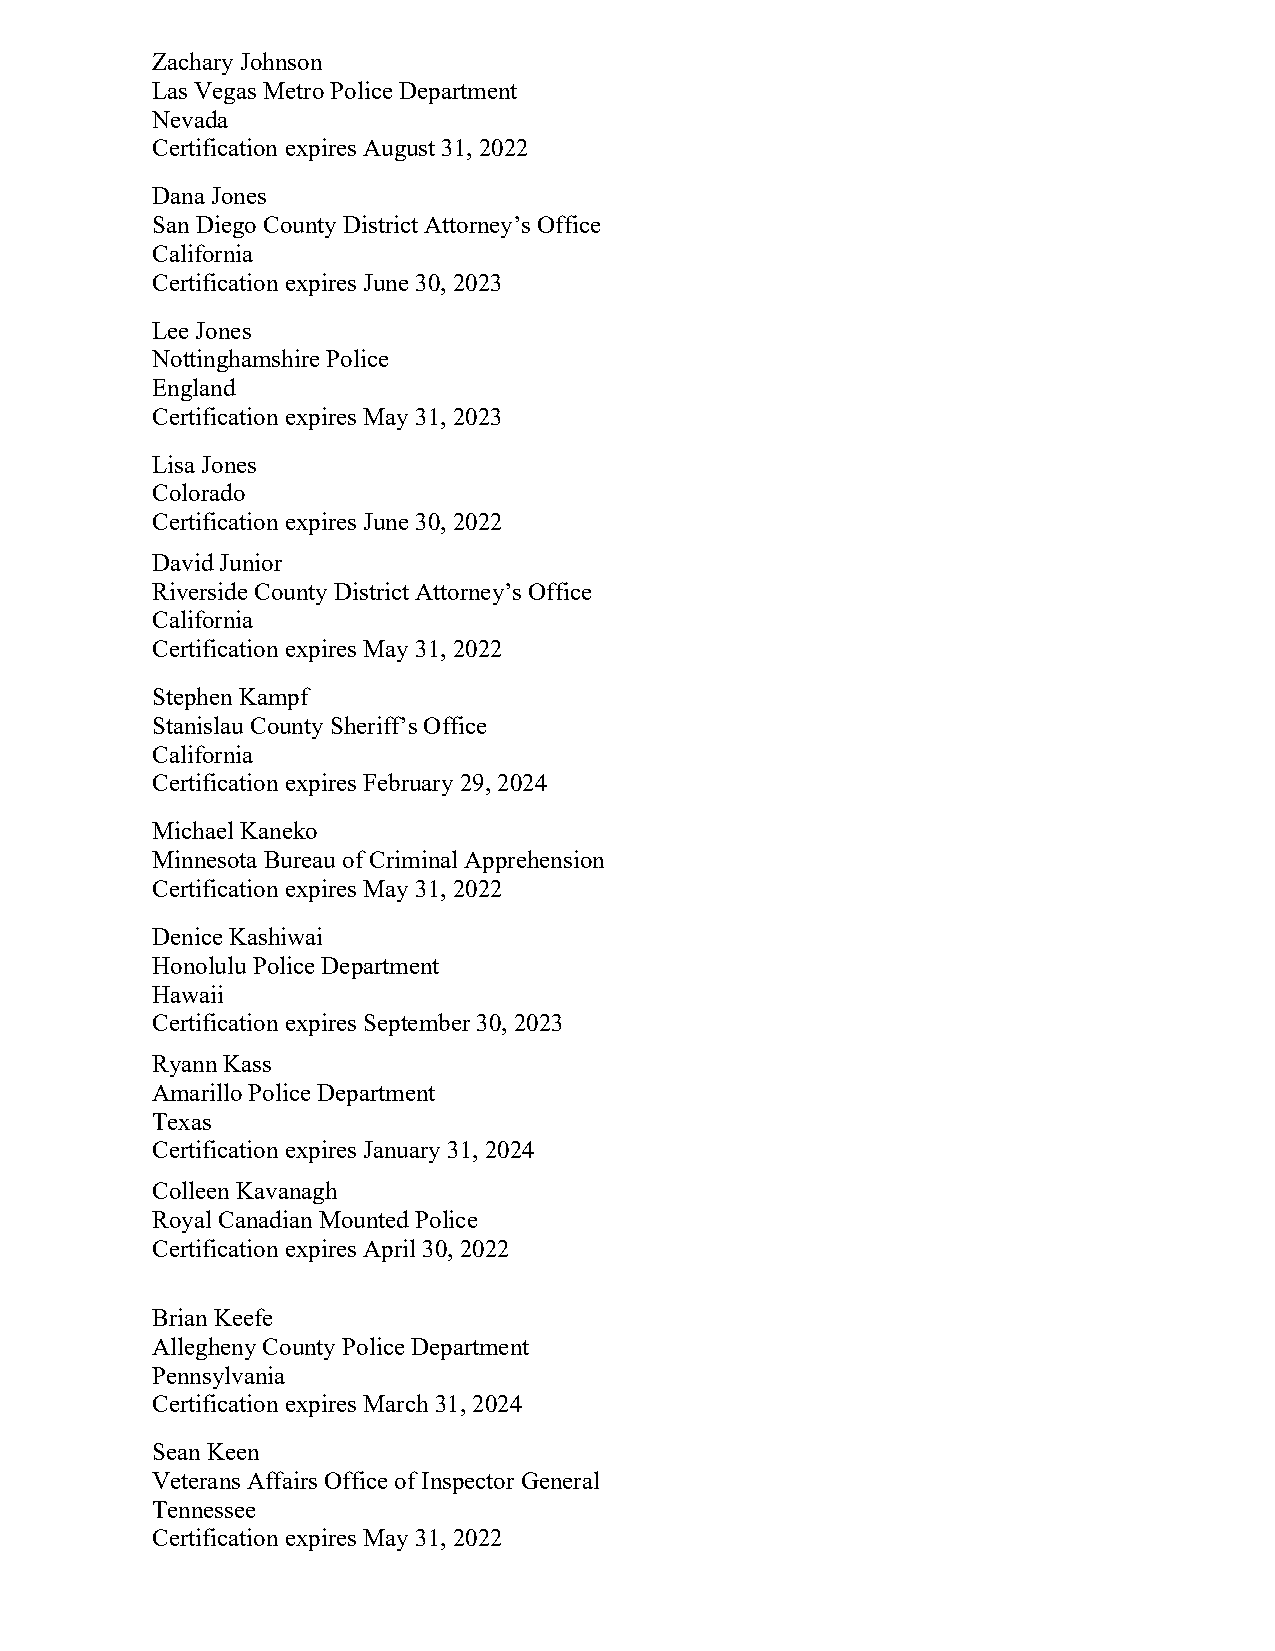
Zachary Johnson
 Las Vegas Metro Police Department
 Nevada
 Certification expires August 31, 2022
 Dana Jones
 San Diego County District Attorney’s Office
 California
 Certification expires June 30, 2023
 Lee Jones
 Nottinghamshire Police
 England
 Certification expires May 31, 2023
 Lisa Jones
 Colorado
 Certification expires June 30, 2022
 David Junior
 Riverside County District Attorney’s Office
 California
 Certification expires May 31, 2022
 Stephen Kampf
 Stanislau County Sheriff’s Office
 California
 Certification expires February 29, 2024
 Michael Kaneko
 Minnesota Bureau of Criminal Apprehension
 Certification expires May 31, 2022
 Denice Kashiwai
 Honolulu Police Department
 Hawaii
 Certification expires September 30, 2023
 Ryann Kass
 Amarillo Police Department
 Texas
 Certification expires January 31, 2024
 Colleen Kavanagh
 Royal Canadian Mounted Police
 Certification expires April 30, 2022
 Brian Keefe
 Allegheny County Police Department
 Pennsylvania
 Certification expires March 31, 2024
 Sean Keen
 Veterans Affairs Office of Inspector General
 Tennessee
 Certification expires May 31, 2022